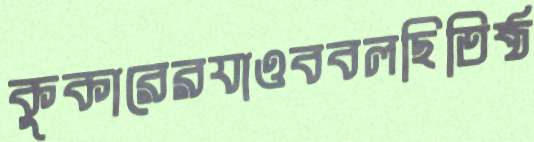
কুকারেরযাওববলছিতিষ্ঠ